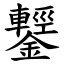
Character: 鑋